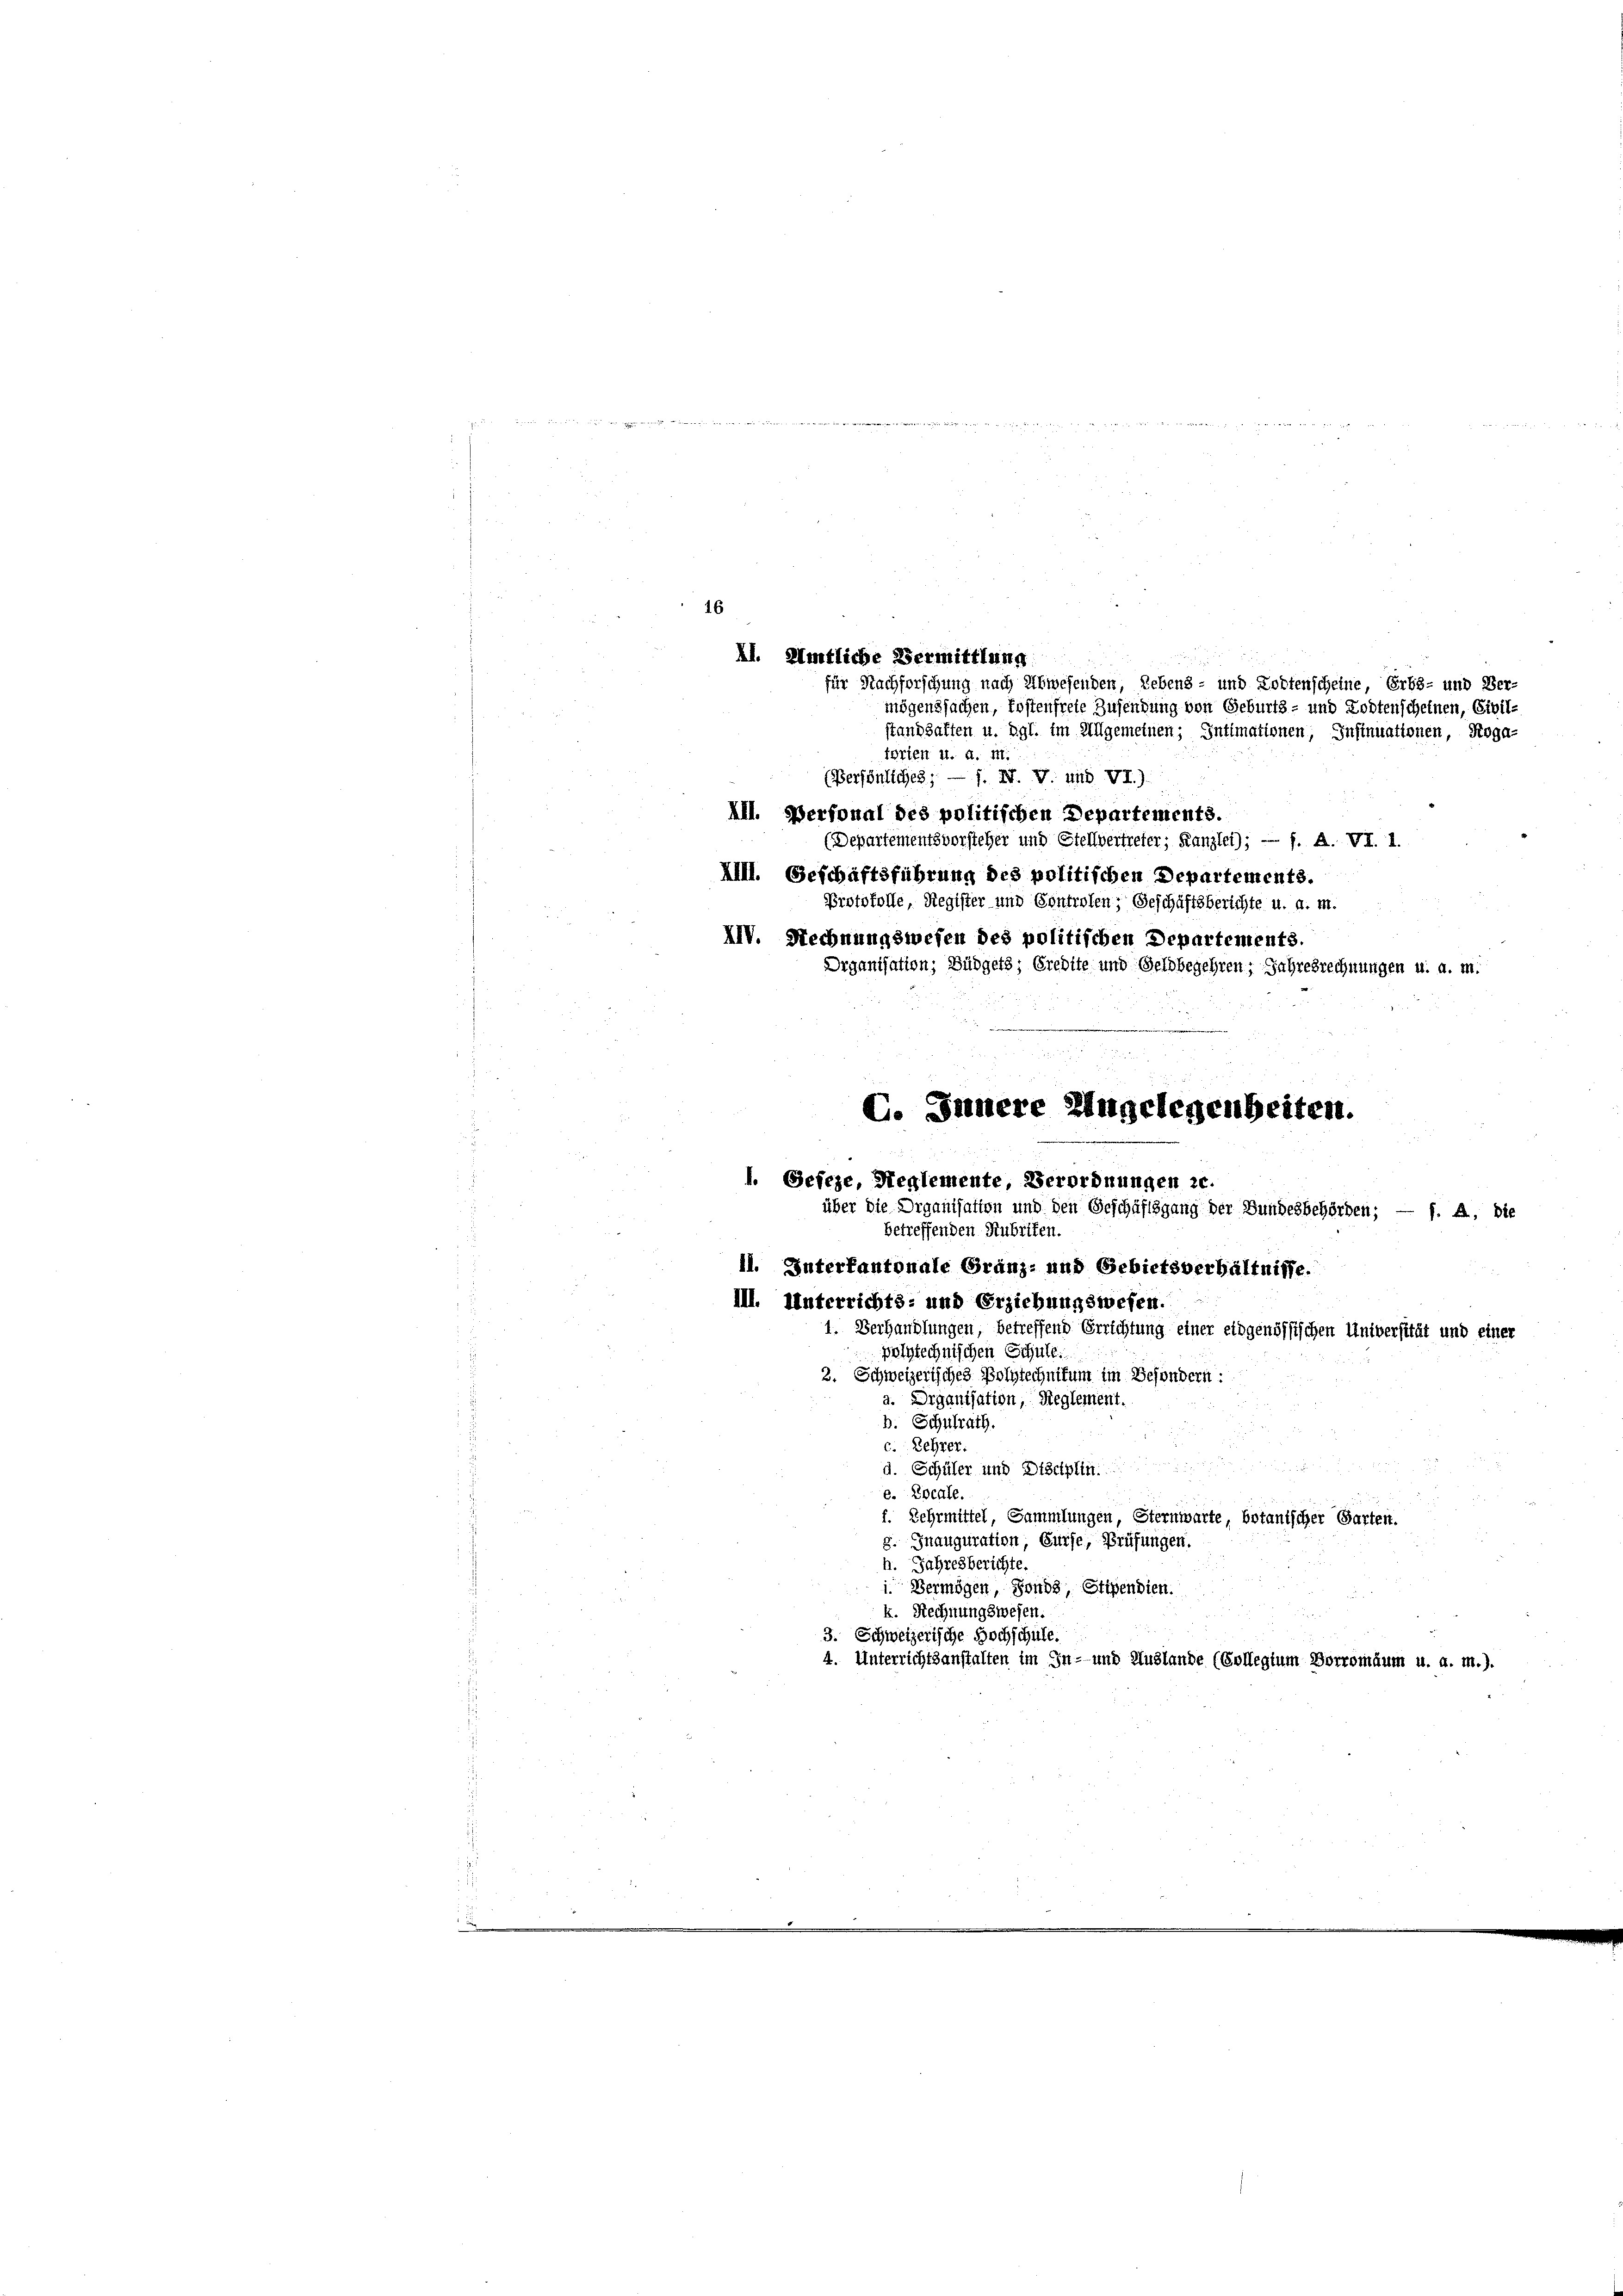
(Persönliches; — f. N. V. und VI.)
XII. Personal des politischen Departements.
(Departementsvorsteher und Stellvertreter, Kanzlei); — f. A. VI. 1.
XIII. Geschäftsführung des politischen Departements.
Protokolle, Register und Controlen; Geschäftsberichte u. a. m.
XIV. Rechnungswesen des politischen Departements.
Organisation; Büdgets; Credite und Geldbegehren, Jahresrechnungen u. a. m.
11. Unterkantonale Granz- und Gebietsverhältnisse.
III. Unterrichts: und Erziehungswesen.
1. Verhandlungen, betreffend Errichtung einer eidgenössischen Universität und einer
polytechnischen Schule.
2. Schweizerisches Polytechnikum im Besondern:
a. Drganisation, Reglement.
b. Schulrath.
c. Lehrer.
d. Schüler und Disciplin.
e. Locale.
f. Lehrmittel, Sammlungen, Sternwarte, botanischer Garten.
g. Jnauguration, Curse, Prüfungen.
h. Jahresberichte.
i Vermögen, Fonds, Stipendien.
k. Rechnungswesen.
3. Schweizerische Hochschule.
4. Unterrichtsanstalten im In- und Auslande (Collegium Borromdum u. a. m.).

16
AI. Amtliche Vermittlung
für Nachforschung nach Abwesenden, Lebens- und Lobtenscheine, Erbs- und Ver-
mögenssachen, fostenfreie Zusendung von Geburts- und Todtenscheinen, Civil-
standhaffen u. dgl. im Allgemeinen; Intimationen, Insinuationen, Roga-
terien 11. d. M.

C. Innere Engelegenheiten.
1. Gefeze, Reglemente, Verordnungen 20.
über die Organisation und den Geschäftsgang der Bundesbehörden; — f. A. die
betreffenden Rubrifen.

wen und

u in ich meinen meiner vernennen auch ist, den nennen, wie in gern auch
de